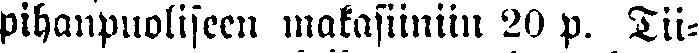
pihanpuoliseen makasiiniin 20 p. Tii-